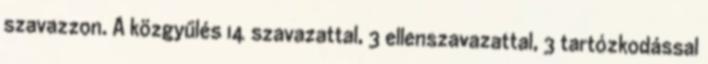
szavazzon. A közgyűlés 14 szavazattal, 3 ellenszavazattal, 3 tartózkodással